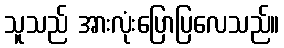
သူသည် အားလုံးပြောပြလေသည်။